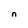
Character: n